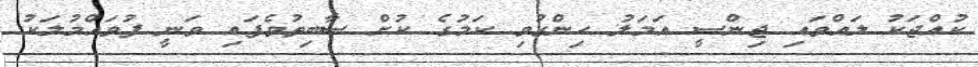
ކުއްޖަކު ލައްވައި ޖިންސީ އަމަލު ހިންގުވި ކަމުގެ ކުށް ސާބިތުވެފައި ވަނީ ފުވައްމުލަކު